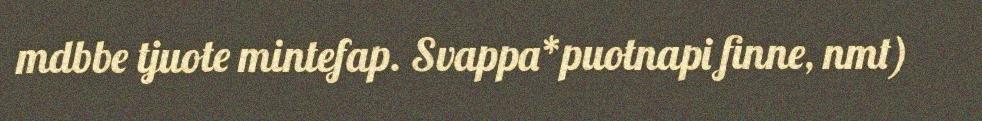
mdbbe tjuote mintefap. Svappa*puotnapi finne, nmt)